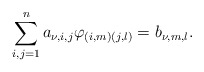
\begin{align*}\sum_{i,j=1}^n a_{\nu ,i,j}\varphi_{(i,m)(j,l)}=b_{\nu ,m,l}.\end{align*}